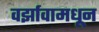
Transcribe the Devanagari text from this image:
वर्झावामधून